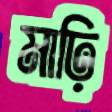
মাঢ়ি